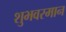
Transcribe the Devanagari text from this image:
शुभवरमान